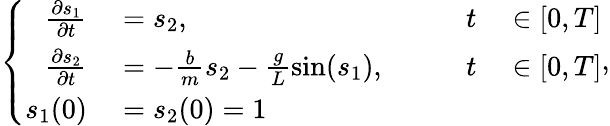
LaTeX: \left\{ \begin{array}{rlrl}{\frac{\partial s_{1}}{\partial t}}&{{}=s_{2},\qquad}&{t}&{{}\in[0,T]}\\ {\frac{\partial s_{2}}{\partial t}}&{{}=-\frac{b}{m}s_{2}-\frac{g}{L}\sin(s_{1}),\qquad}&{t}&{{}\in[0,T]}\\ {s_{1}(0)}&{{}=s_{2}(0)=1}\end{array}\right.,